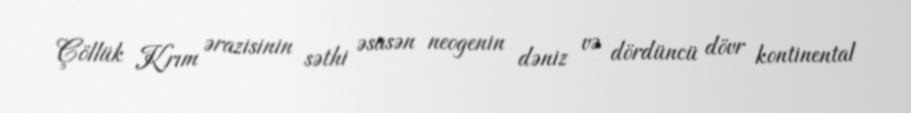
Çöllük Krım ərazisinin səthi əsasən neogenin dəniz və dördüncü dövr kontinental